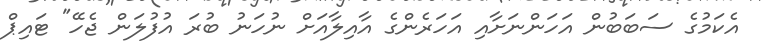
އެކަމުގެ ސަބަބުން އަހަންނަށާއި އަހަރެންގެ އާއިލާއަށް ނުހަނު ބުރަ އުފުލަން ޖެހޭ" ޓައިޕް